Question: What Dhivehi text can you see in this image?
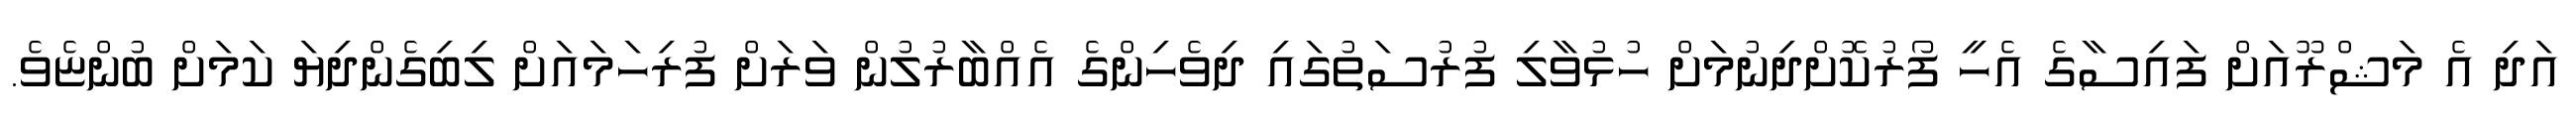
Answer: އަދި އެ މަޝްރޫއަށް ފައިސާގެ އެހީ ފޯރުކޮށްދިނުމަށް ހުޅުވާލި ފުރުސަތުގައި ދިވެހިންގެ އެއްބާރުލުން ވަރަށް ފުރިހަމައަށް ލިބިގެންދިޔަ ކަމަށް ބުންޏެވެ.